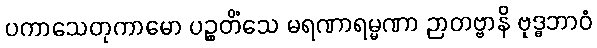
ပကာသေတုကာမော ပဉ္စတိံသေ မရဏာရမ္မဏာ ဉာတဗ္ဗာနိ ဗုဒ္ဓဘာဝံ